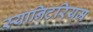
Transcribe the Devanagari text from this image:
स्यानिटरियम